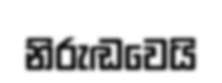
නිරුඬවෙයි